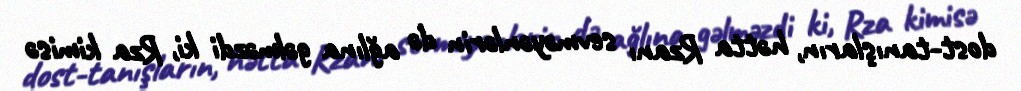
dost-tanışların, hətta Rzanı sevməyənlərin də ağlına gəlməzdi ki, Rza kimisə